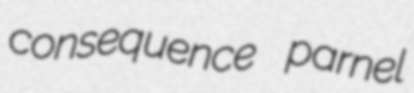
consequence parnel